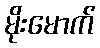
မိုးမောက်